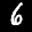
Label: 6